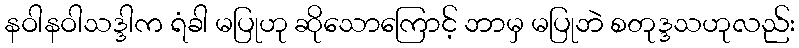
နဝါနဝါသဒ္ဒါက ရံခါ မပြုဟု ဆိုသောကြောင့် ဘာမှ မပြုဘဲ စတုဒ္ဒသဟုလည်း